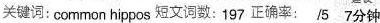
关键词:common hippos 短文询数:197 正确率: /5 7分钟